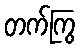
တက်ကြွ